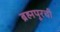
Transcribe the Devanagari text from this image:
ब्रह्मपूरची